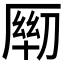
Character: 𰆦